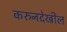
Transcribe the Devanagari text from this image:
करुनदेखील